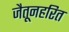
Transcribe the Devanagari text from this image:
जैतूनहरित